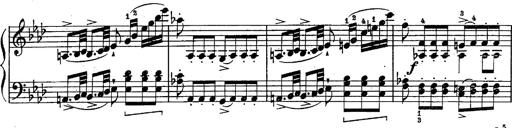
Title: Schubert's Impromptus [revised and edited by Franz Liszt]
Composer: Franz Liszt